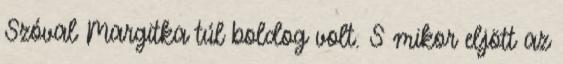
Szóval Margitka túl boldog volt. S mikor eljött az